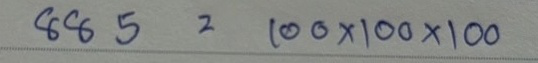
885 = 100 x 100 x 100